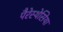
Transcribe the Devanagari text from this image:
पैरेस्थेसिया